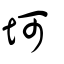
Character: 坷